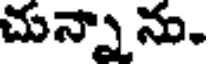
చున్నాను.